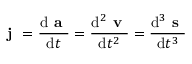
{ \textbf { j } } = { \frac { \mathrm { d } { \textbf { a } } } { \mathrm { d } t } } = { \frac { \mathrm { d } ^ { 2 } { \textbf { v } } } { \mathrm { d } t ^ { 2 } } } = { \frac { \mathrm { d } ^ { 3 } { \textbf { s } } } { \mathrm { d } t ^ { 3 } } }